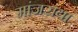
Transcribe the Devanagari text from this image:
मांजराया